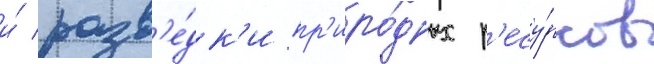
и́ разв'е́дк'и пр'иро́дных р'есу́рсов